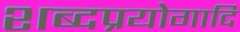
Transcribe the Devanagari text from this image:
शब्दप्रयोगादि